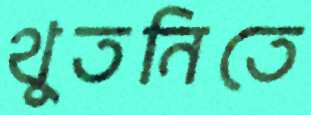
থুতনিতে